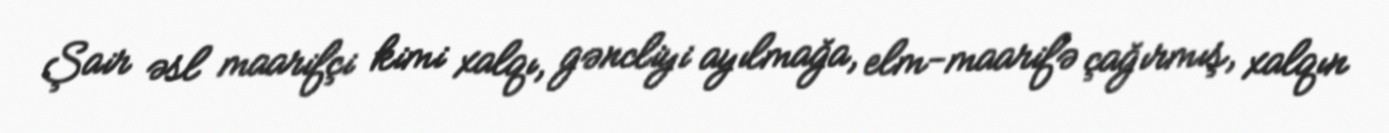
Şair əsl maarifçi kimi xalqı, gəncliyi ayılmağa, elm-maarifə çağırmış, xalqın